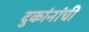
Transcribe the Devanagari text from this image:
दुकांनांची